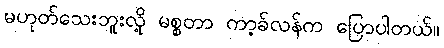
မဟုတ်သေးဘူးလို့ မစ္စတာ ကာ့ခ်လန်က ပြောပါတယ်။